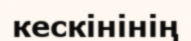
кескінінің